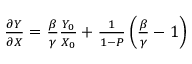
\begin{array} { r } { \frac { \partial Y } { \partial X } = \frac { \beta } { \gamma } \frac { Y _ { 0 } } { X _ { 0 } } + \frac { 1 } { 1 - P } \left( \frac { \beta } { \gamma } - 1 \right) } \end{array}